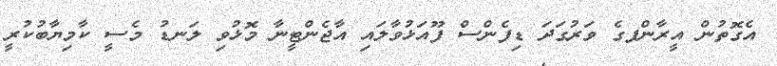
އެގޮތުން އީރާންފގެ ވަރުގަދަ ޑިފެންސް ފޫއަޅުވާލައި އާޖެންޓީނާ މޮޅުވި ލަނޑު މެސީ ކާމިޔާބުކުރީ